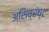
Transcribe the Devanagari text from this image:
असिद्रंष्ट